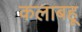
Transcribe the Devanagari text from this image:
कलाबहू